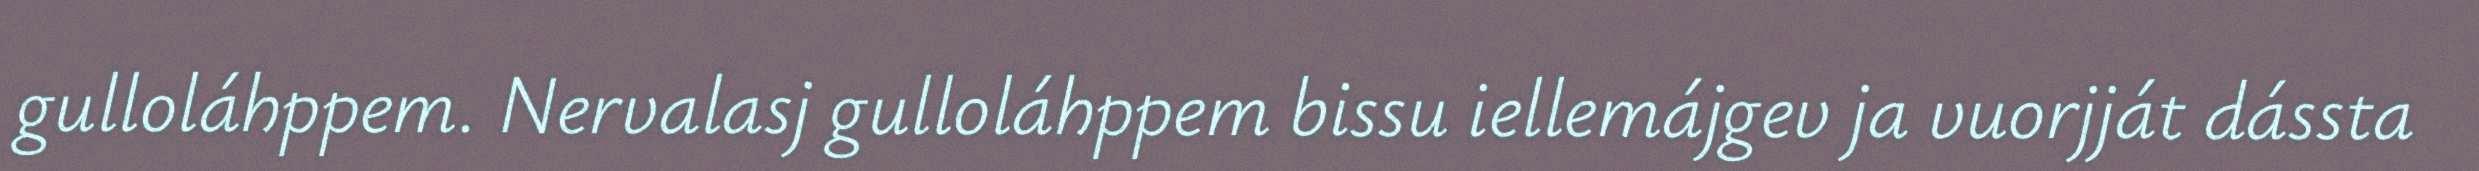
gulloláhppem. Nervalasj gulloláhppem bissu iellemájgev ja vuorjját dássta